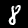
Digit: 8